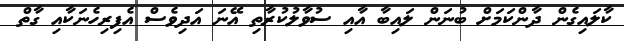
ކާލައިގެން ދާންކަމަށް ބުނަން ލައިބާ އާއި ސުވާލުކުރާތި އޭނަ އަދިވެސް އެފިރިހެނަކާއި ގާތް